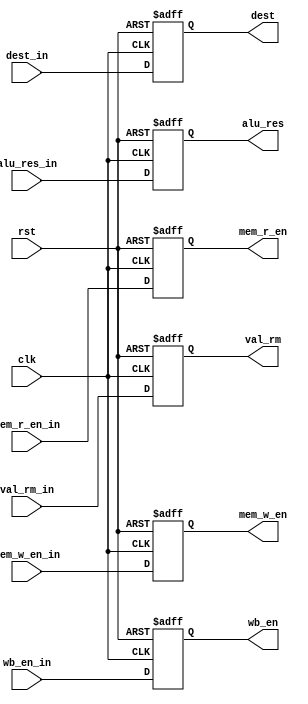
module EXE_Stage_Reg (
    clk, rst,
    wb_en_in, mem_r_en_in, mem_w_en_in,
    alu_res_in, val_rm_in, dest_in,
    wb_en, mem_r_en, mem_w_en, alu_res,
    val_rm, dest
);

input clk, rst, wb_en_in, mem_r_en_in, mem_w_en_in;
input [31:0] alu_res_in, val_rm_in;
input [3:0] dest_in;
output reg wb_en, mem_r_en, mem_w_en;
output reg [31:0] alu_res, val_rm;
output reg [3:0] dest;

always @(posedge clk, posedge rst) begin
        if (rst == 1'b1) begin
            mem_r_en <= 1'b0;
            mem_w_en <= 1'b0;
            wb_en <= 1'b0;
            alu_res <= 32'b0;
            val_rm <= 32'b0;
            dest <= 4'b0;
        end
        else begin
            mem_r_en <= mem_r_en_in;
            mem_w_en <= mem_w_en_in;
            wb_en <= wb_en_in;
            alu_res <= alu_res_in;
            val_rm <= val_rm_in;
            dest <= dest_in;
        end
    end

endmodule